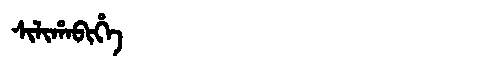
Manchu: ᠰᡳᠯᡳᡥᠠᠪᡳᡥᡝ
Romanization: SILIHABIHE